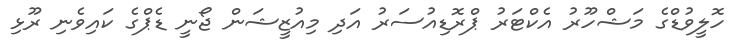
ހޮލީވުޑްގެ މަޝްހޫރު އެކްޓަރު ޕްރޮޑިއުސަރު އަދި މިއުޒީޝަން ޖޯނީ ޑެޕްގެ ކައިވެނި ރޫޅި